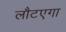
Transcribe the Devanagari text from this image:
लौटएगा